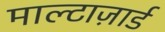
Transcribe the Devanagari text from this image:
माल्टाज़ार्ड